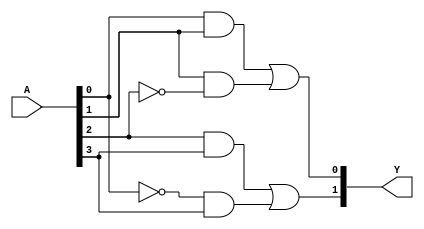
module FusedPAL (
    input wire [N-1:0] A, // N inputs
    output wire [M-1:0] Y // M outputs
);

// Parameters for the number of inputs and outputs
parameter N = 4; // Example: number of inputs
parameter M = 2; // Example: number of outputs

// Fixed AND array (example configuration)
wire [3:0] and_out; // Output of AND gates (4 AND gates in this example)

// AND gate implementations
assign and_out[0] = A[0] & A[1];          // AND gate 1: A1 AND A2
assign and_out[1] = A[1] & ~A[2];         // AND gate 2: A2 AND NOT A3
assign and_out[2] = A[2] & A[3];          // AND gate 3: A3 AND A4
assign and_out[3] = ~A[0] & A[3];         // AND gate 4: NOT A1 AND A4

// Programmable OR array (example configuration)
wire [M-1:0] or_out; // Output of OR gates

// Programmable OR gate implementations
assign Y[0] = and_out[0] | and_out[1]; // Output Y1: AND1 OR AND2
assign Y[1] = and_out[2] | and_out[3]; // Output Y2: AND3 OR AND4

endmodule